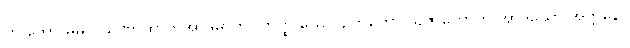
ဟိ ဘော မမပိ သုဏာထာတိအာဒိမာဟ။ တတ္ထ ယေပိ ဥဘတော သုဇာတောတိ အာဒယော အတ္တနော